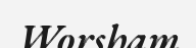
Worsham